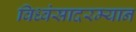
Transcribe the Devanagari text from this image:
विध्वंसादरम्यान